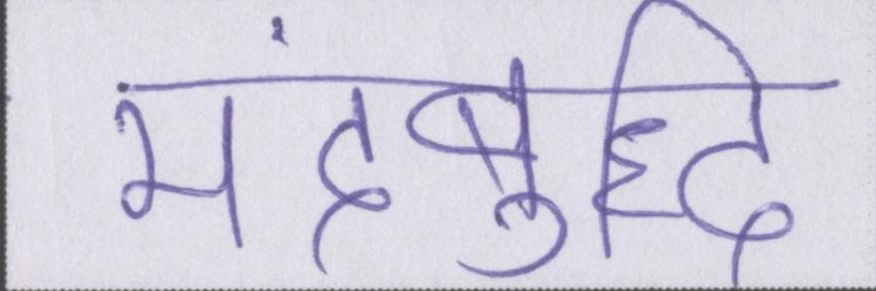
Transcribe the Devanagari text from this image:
मंदबुद्धि